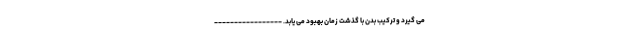
می گیرد و ترکیب بدن با گذشت زمان بهبود می یابد. -----------------